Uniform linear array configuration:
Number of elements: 48
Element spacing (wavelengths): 0.75
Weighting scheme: binomial
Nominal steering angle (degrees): -45
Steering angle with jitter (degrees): -46.693
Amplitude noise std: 0.05
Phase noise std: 0.05

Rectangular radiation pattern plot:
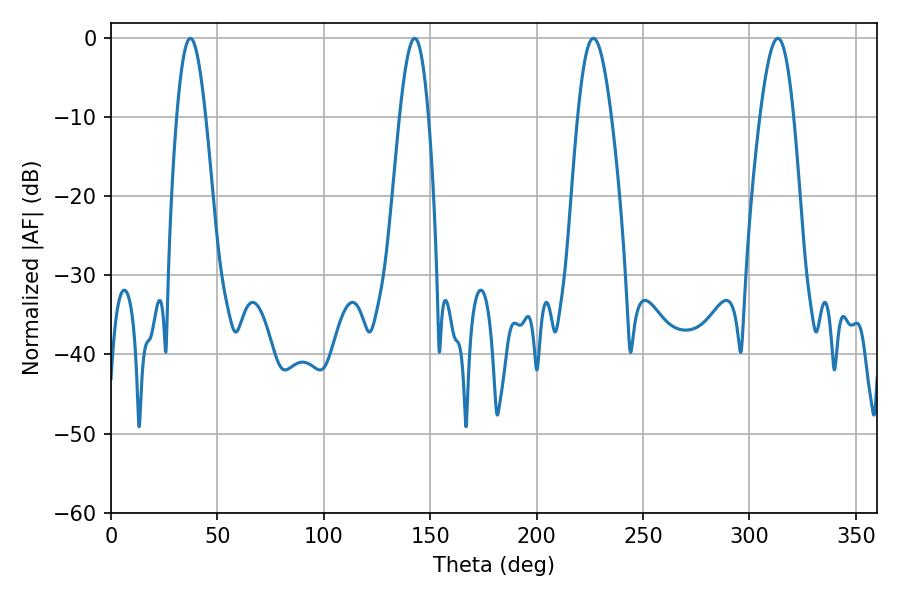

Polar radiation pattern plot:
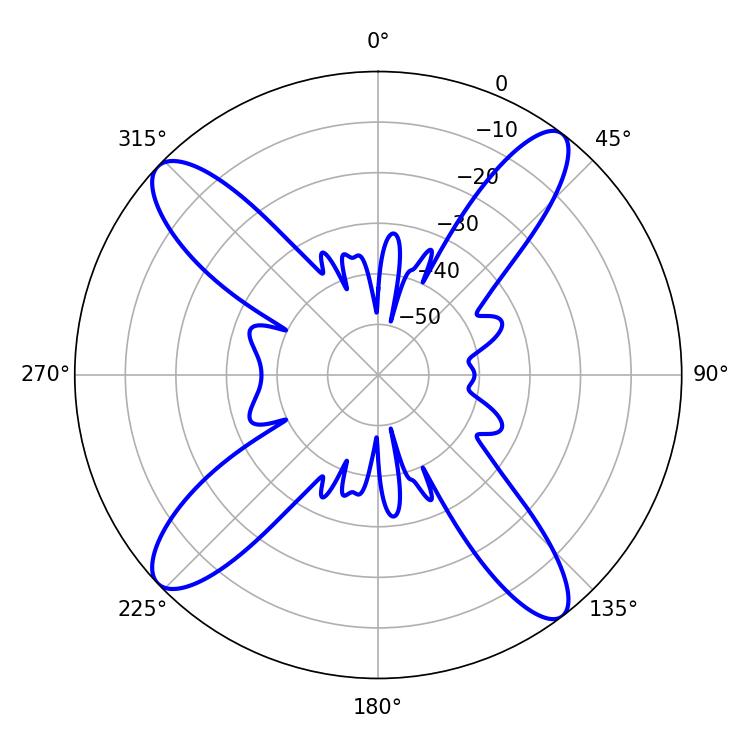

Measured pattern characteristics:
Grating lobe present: TRUE
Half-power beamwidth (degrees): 7.2
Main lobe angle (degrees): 37.26